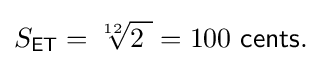
S_{\mathsf {ET}}={\sqrt[{12}]{2\ }}=100{\mathsf {\ cents.}}